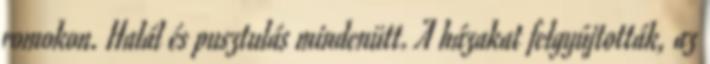
romokon. Halál és pusztulás mindenütt. A házakat felgyújtották, az